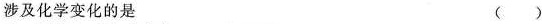
涉及化学变化的是 ( )